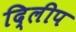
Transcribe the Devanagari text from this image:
दि्लीप